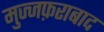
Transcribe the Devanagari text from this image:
मुज्जफ़राबाद